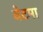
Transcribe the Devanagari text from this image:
बेटमा